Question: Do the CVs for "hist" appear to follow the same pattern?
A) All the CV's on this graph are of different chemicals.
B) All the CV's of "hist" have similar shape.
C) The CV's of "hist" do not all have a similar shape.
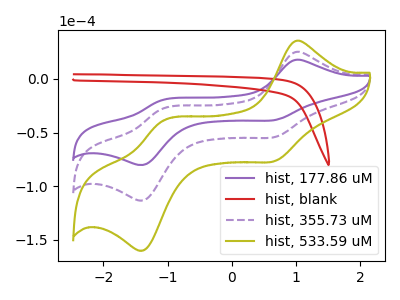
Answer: <think>The purple curve "hist, 177.86 uM" has anodic peaks at (1.00V, 17.65uA) (-1.10V, -19.90uA) and cathodic peaks at (0.70V, -38.30uA) (-1.35V, -79.90uA). The red curve "hist, blank" has no peaks. The purple dashed curve "hist, 355.73 uM" has anodic peaks at (1.00V, 24.90uA) (-1.10V, -28.10uA) and cathodic peaks at (0.70V, -54.05uA) (-1.35V, -112.85uA). The olive curve "hist, 533.59 uM" has anodic peaks at (1.00V, 49.80uA) (-1.10V, -56.20uA) and cathodic peaks at (0.70V, -108.10uA) (-1.35V, -225.70uA).
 "hist, 177.86 uM" and "hist, blank" have a different number of peaks. All the peaks in "hist, 177.86 uM" have a peak in "hist, 355.73 uM" at the same potential. All the peaks in "hist, 177.86 uM" have a peak in "hist, 533.59 uM" at the same potential. "hist, blank" and "hist, 355.73 uM" have a different number of peaks. "hist, blank" and "hist, 533.59 uM" have a different number of peaks. All the peaks in "hist, 355.73 uM" have a peak in "hist, 533.59 uM" at the same potential.</think>
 <answer>B) All the CV's of "hist" have similar shape.</answer>
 <eval>B</eval>